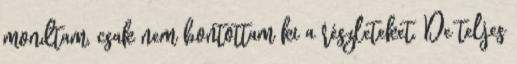
mondtam, csak nem bontottam ki a részleteket. De teljes